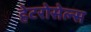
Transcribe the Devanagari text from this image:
हेटरोसेल्स